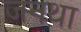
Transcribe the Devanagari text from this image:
जनथा